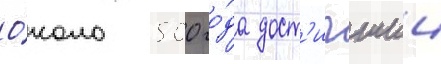
О́коло 500 го́да дост'игшии